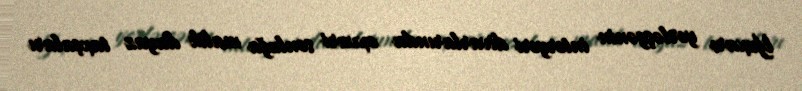
Yuxarı yerləşgənin interyeri divarlarında oxvari sonluğa malik dayaz taxçaları